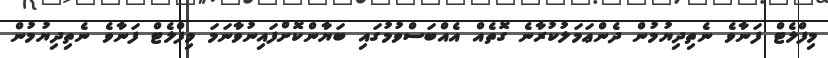
މިފްލެޓް ފަނާވެ ނެތިދިޔުމުން ދެންޢަމަލުކުރާނެ ގޮތެއް އެއްބަސްވުމުގައި ބަޔާންކޮށްފައިނުވާނަމަ މިފްލެޓް ފަނާވެ ނެތިދިޔުމުން